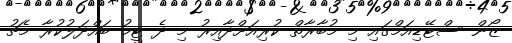
ޒޯން ސްޓޭޑިއަމްގައި މި މުބާރާތް ކުރިއަށްދާއިރު މި ދެ ޓީމު ބައްދަލުކުރާ މެޗު